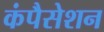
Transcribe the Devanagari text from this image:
कंपैसेशन